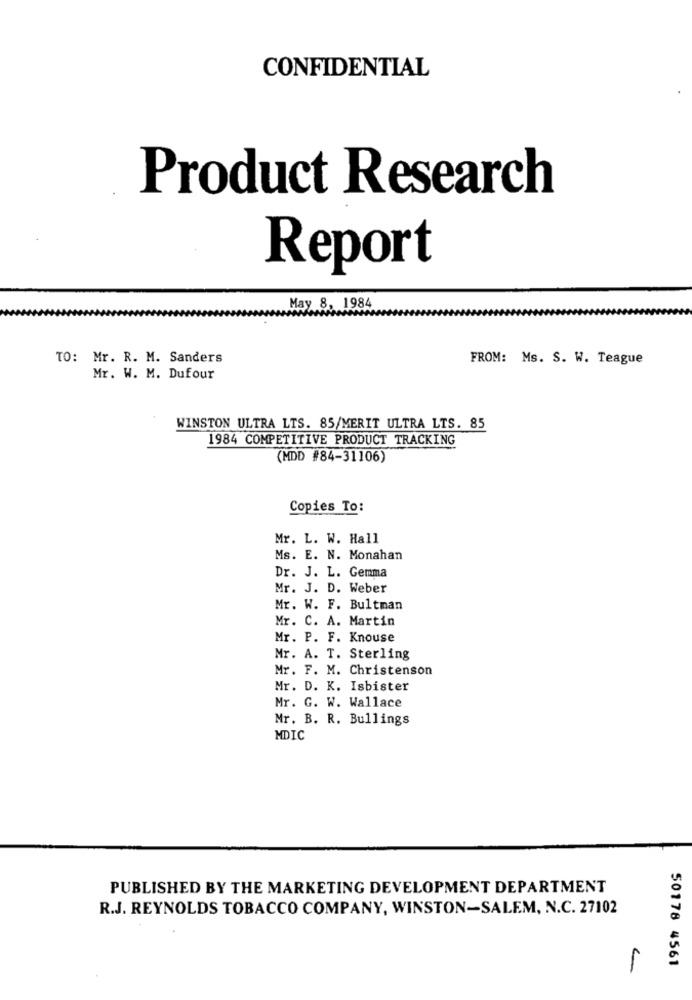
CONFIDENTIAL
Product Research
Report
May 8, 1984
TO: Mr. R. M. Sanders
FROM: Ms. S. W. Teague
Mr. W. M. Dufour
WINSTON ULTRA LTS. 85/MERIT ULTRA LTS. 85
1984 COMPETITIVE PRODUCT TRACKING
(MDD #84-31106)
Copies To:
Mr. L. W. Hall
Ms. E. N. Monahan
Dr. J. L. Gemma
Mr. J. D. Weber
Mr. W. F. Bultman
Mr. C. A. Martin
Mr. P. F. Knouse
Mr. A. T. Sterling
Mr. F. M. Christenson
Mr. D. K. Isbister
Mr. G. W. Wallace
Mr. B. R. Bullings
MDIC
PUBLISHED BY THE MARKETING DEVELOPMENT DEPARTMENT
R.J. REYNOLDS TOBACCO COMPANY, WINSTON-SALEM, N.C. 27102
50178 4561